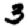
Digit: 3